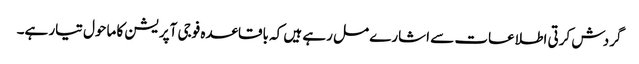
گردش کرتی اطلاعات سے اشارے مل رہے ہیں کہ باقاعدہ فوجی آپریشن کا ماحول تیار ہے۔